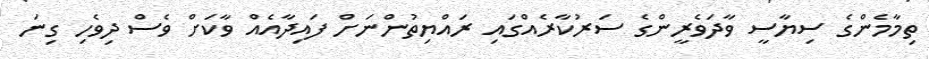
ތިމާމެންގެ ސިޔާސީ ވާދަވެރީންގެ ސަރުކާރެއްގައި ރައްޔިތުންނަށް ފައިދާއެއް ވާކަށް ވެސް ދިވެހި ގިނަ